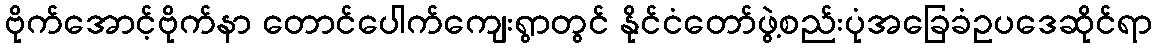
ဗိုက်အောင့်ဗိုက်နာ တောင်ပေါက်ကျေးရွာတွင် နိုင်ငံတော်ဖွဲ့စည်းပုံအခြေခံဥပဒေဆိုင်ရာ